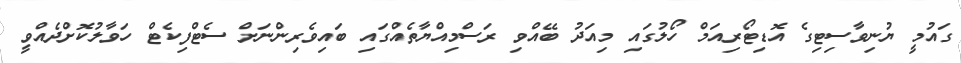
ގައުމީ ޔުނިވާސިޓިގެ އޮޑިޓޯރިއަމް ހޯލުގައި މިއަދު ބޭއްވި ރަސްމިއްޔާތެއްގައި ބައިވެރިންނަށް ސެޓްފިކެޓް ހަވާލުކޮށްދެއްވީ